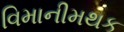
વિમાનીમથક